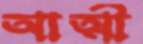
আত্মী